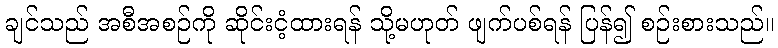
ချင်သည် အစီအစဉ်ကို ဆိုင်းငံ့ထားရန် သို့မဟုတ် ဖျက်ပစ်ရန် ပြန်၍ စဉ်းစားသည်။